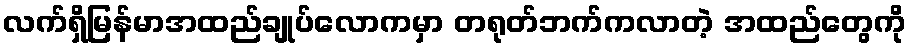
လက်ရှိမြန်မာအထည်ချုပ်လောကမှာ တရုတ်ဘက်ကလာတဲ့ အထည်တွေကို